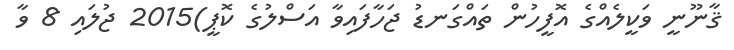
ޤާނޫނީ ވަކީލެއްގެ އޮފީހުން ތައްގަނޑު ޖަހާފައިވާ އަސްލުގެ ކޮޕީ)2015 ޖުލައި 8 ވާ